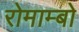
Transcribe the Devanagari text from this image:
रोमाम्बो